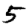
Digit: 5